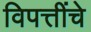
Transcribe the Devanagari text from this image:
विपत्तींचे